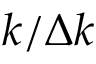
k / \Delta k